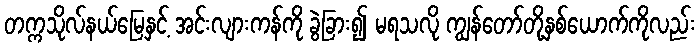
တက္ကသိုလ်နယ်မြေနှင့် အင်းလျားကန်ကို ခွဲခြား၍ မရသလို ကျွန်တော်တို့နှစ်ယောက်ကိုလည်း